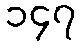
၁၄၇